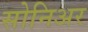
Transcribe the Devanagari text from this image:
सोनिअर